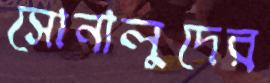
সোনালুদের